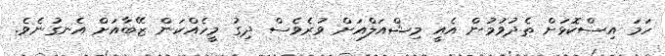
ހަމަ އިސްކޮޅަށް ތެދުވުމުން އެއީ މިޝްއަލްއަށް ވުރެވެސް ދިގު މީހެއްކަން ޒޭބާއަށް އެނގުނެވެ.